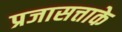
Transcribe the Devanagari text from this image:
प्रजासत्ताके